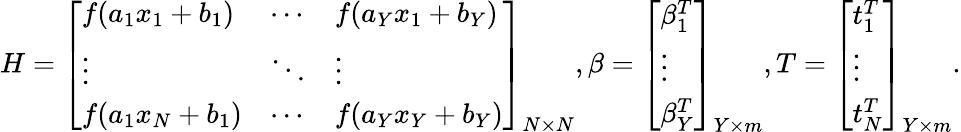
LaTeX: H=\left[\begin{array}{lll}{f(a_{1}x_{1}+b_{1})}&{\cdots}&{f(a_{Y}x_{1}+b_{Y})}\\ {\vdots}&{\ddots}&{\vdots}\\ {f(a_{1}x_{N}+b_{1})}&{\cdots}&{f(a_{Y}x_{Y}+b_{Y})}\end{array}\right]_{N\times N},\beta=\left[\begin{array}{l}{\beta_{1}^{T}}\\ {\vdots}\\ {\beta_{Y}^{T}}\end{array}\right]_{Y\times m},T=\left[\begin{array}{l}{t_{1}^{T}}\\ {\vdots}\\ {t_{N}^{T}}\end{array}\right]_{Y\times m}.